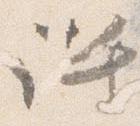
許